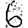
Digit: 6